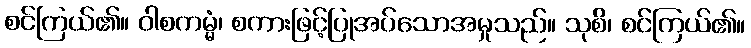
စင်ကြယ်၏။ ဝါစကမ္မံ၊ စကားဖြင့်ပြုအပ်သောအမှုသည်။ သုစိ၊ စင်ကြယ်၏။